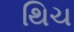
થિચ